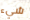
شيء